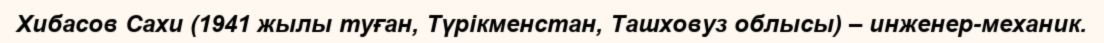
Хибасов Сахи (1941 жылы туған, Түрікменстан, Ташховуз облысы) – инженер-механик.